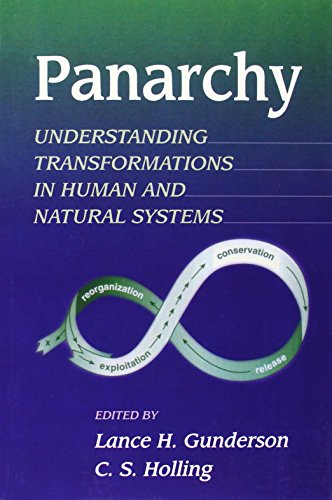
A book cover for Panarchy: Understanding Transformations in Human and Natural Systems; Business & Money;